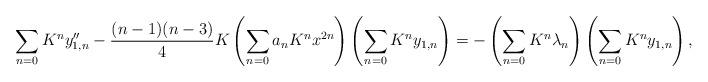
LaTeX: \begin{align*}\sum_{n=0}K^ny_{1,n}''-\frac{(n-1)(n-3)}{4}K\left(\sum_{n=0}a_nK^nx^{2n}\right)\left( \sum_{n=0}K^ny_{1,n} \right)=-\left(\sum_{n=0}K^n\lambda_n \right)\left( \sum_{n=0}K^ny_{1,n} \right),\end{align*}